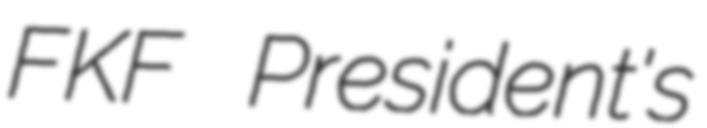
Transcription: FKF President's